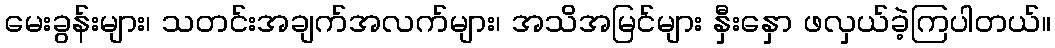
မေးခွန်းများ၊ သတင်းအချက်အလက်များ၊ အသိအမြင်များ နှီးနှော ဖလှယ်ခဲ့ကြပါတယ်။